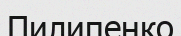
Пилипенко